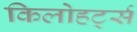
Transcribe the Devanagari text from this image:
किलोहर्ट्स